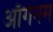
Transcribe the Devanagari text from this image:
ऑर्गेनम